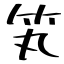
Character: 笂